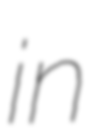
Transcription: in